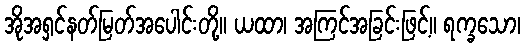
အိုအရှင်နတ်မြတ်အပေါင်းတို့။ ယထာ၊ အကြင်အခြင်းဖြင့်။ ရက္ခသော၊